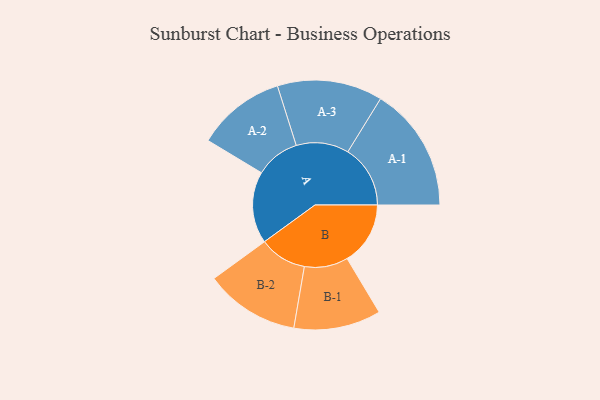
{"axis": {"x": "Segment", "y": "Value"}, "legend": ["", "A", "B"], "data": [{"x": "A", "y": 285, "type": ""}, {"x": "B", "y": 251, "type": ""}, {"x": "A-1", "y": 248, "type": "A"}, {"x": "A-2", "y": 176, "type": "A"}, {"x": "A-3", "y": 209, "type": "A"}, {"x": "B-1", "y": 173, "type": "B"}, {"x": "B-2", "y": 188, "type": "B"}]}